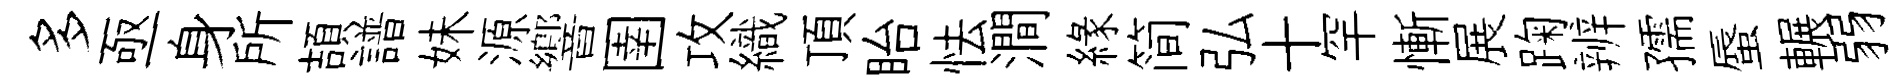
多亟身所頡譜妹源響圉攻織頂眙怯澗縁简弘十罕慚展踘辨孺蜃輾弱